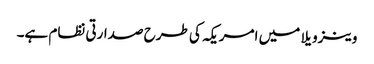
وینزویلا میں امریکہ کی طرح صدارتی نظام ہے۔